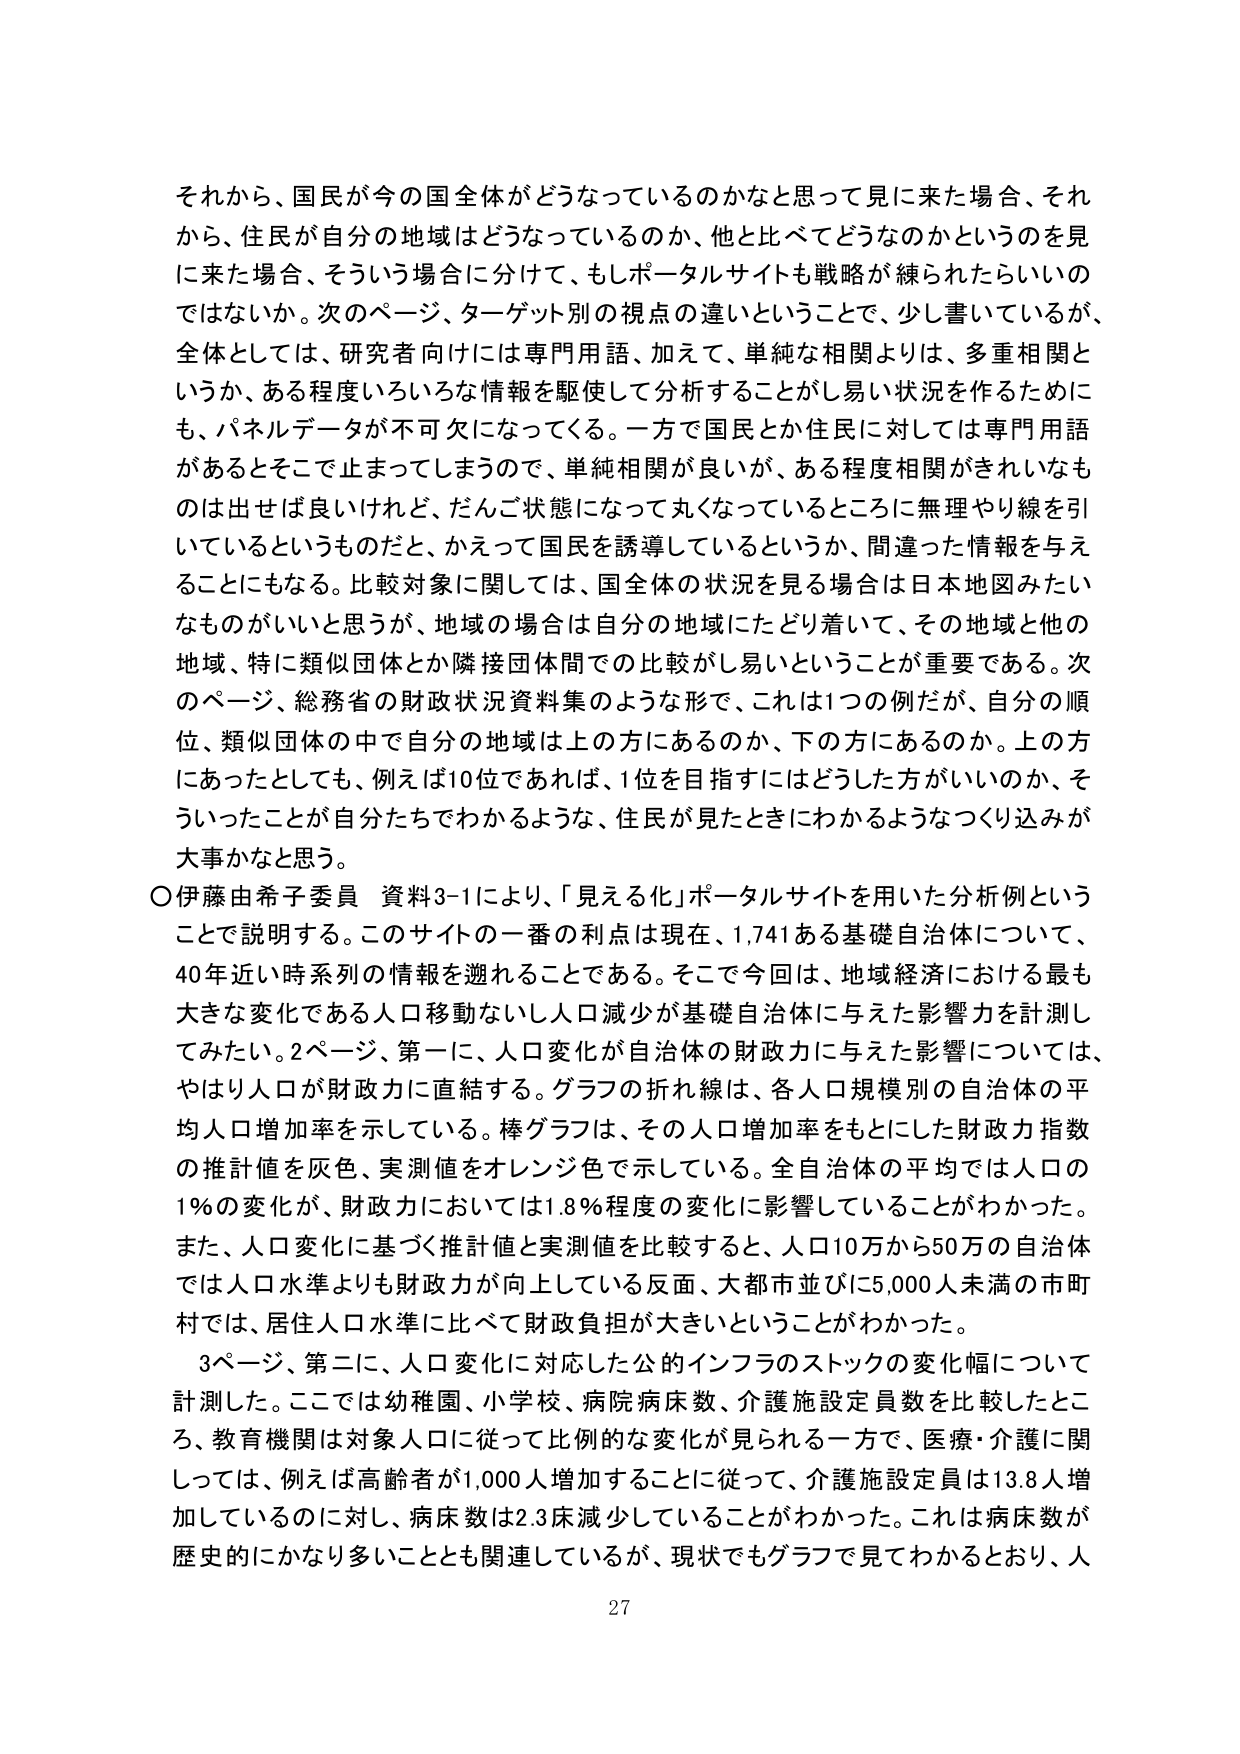
それから、国民が今の国全体がどうなっているのかなと思って見に来た場合、それから、住民が自分の地域はどうなっているのか、他と比べてどうなのかというのを見に来た場合、そういう場合に分けて、もしポータルサイトも戦略が練られたらいいのではないか。次のページ、ターゲット別の視点の違いということで、少し書いているが、全体としては、研究者向けには専門用語、加えて、単純な相関よりは、多重相関というか、ある程度いろいろな情報を駆使して分析することがし易い状況を作るためにも、パネルデータが不可欠になってくる。一方で国民とか住民に対しては専門用語があるとそこで止まってしまうので、単純相関が良いが、ある程度相関がきれいなものは出せば良いけれど、だんご状態になって丸くなっているところに無理やり線を引いているというものだと、かえって国民を誘導しているというか、間違った情報を与えることにもなる。比較対象に関しては、国全体の状況を見る場合は日本地図みたいなものがいいと思うが、地域の場合は自分の地域にたどり着いて、その地域と他の地域、特に類似団体とか隣接団体間での比較がし易いということが重要である。次のページ、総務省の財政状況資料集のような形で、これは1つの例だが、自分の順位、類似団体の中で自分の地域は上の方にあるのか、下の方にあるのか。上の方にあったとしても、例えば10位であれば、1位を目指すにはどうした方がいいのか、そういったことが自分たちでわかるような、住民が見たときにわかるようなくり込みが大事かなと思う。

○伊藤由希子委員 資料3-1により、「見える化」ポータルサイトを用いた分析例ということで説明する。このサイトの一番の利点は現在、1,741ある基礎自治体について、40年近い時系列の情報を遡れることである。そこで今回は、地域経済における最も大きな変化である人口移動ないし人口減少が基礎自治体に与えた影響力を計測してみたい。2ページ、第一に、人口変化が自治体の財政力に与えた影響については、やはり人口が財政力に直結する。グラフの折れ線は、各人口規模別の自治体の平均人口増加率を示している。棒グラフは、その人口増加率をもとにした財政力指数の推計値を灰色、実測値をオレンジ色で示している。全自治体の平均では人口の1％の変化が、財政力においては1.8％程度の変化に影響していることがわかった。また、人口変化に基づく推計値と実測値を比較すると、人口10万から50万の自治体では人口水準よりも財政力が向上している反面、大都市並びに5,000人未満の市町村では、居住人口水準に比べて財政負担が大きいということがわかった。

3ページ、第二に、人口変化に対応した公的インフラのストックの変化幅について計測した。ここでは幼稚園、小学校、病院病床数、介護施設定員数を比較したところ、教育機関は対象人口に従って比例的な変化が見られる一方で、医療・介護に関しては、例えば高齢者が1,000人増加することに従って、介護施設定員は13.8人増加しているのに対し、病床数は2.3床減少していることがわかった。これは病床数が歴史的にかなり多いこととも関連しているが、現状でもグラフで見てわかるとおり、人

27